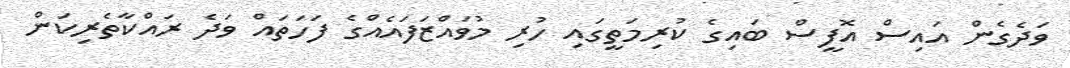
ވަދެގެން އައިސް އޮފީސް ބައިގެ ކުރިމަތީގައި ހުރި މުވައްޒަފައެއްގެ ފަހަތައް ވަދެ ރައްކާތެރިކަން